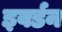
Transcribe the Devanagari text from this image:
इवर्डन